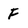
Character: F